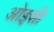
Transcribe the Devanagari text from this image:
ओइसी